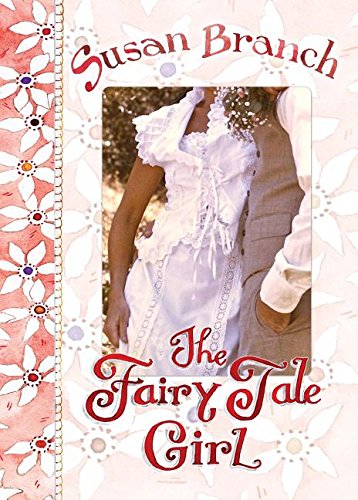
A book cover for The Fairy Tale Girl; Susan Branch; Humor & Entertainment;